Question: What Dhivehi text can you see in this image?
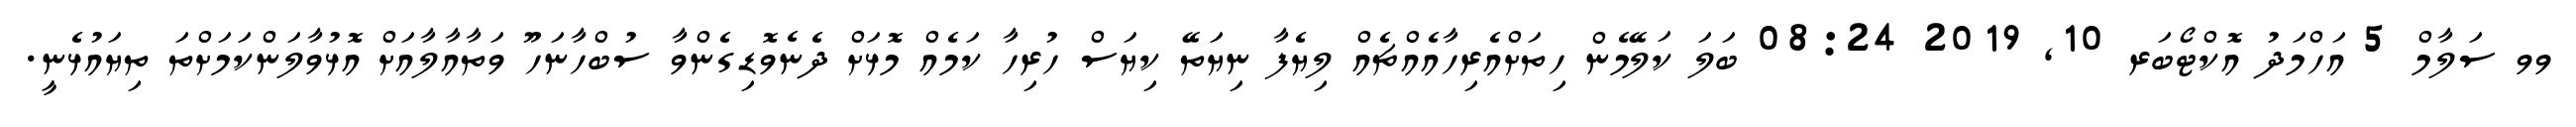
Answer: ވވ ސަލާމް 5 އަހްމަދު އޮކްޓޯބަރ 10, 2019 08:24 ބަލަ ކަލޭމެން ހިތަށްއެރިހާއެއްޗެއް ލިޔެފާ ނިޔަތޭ ކިޔަސް ހުރިހާ ކަމެއް މޮޅަށް ދެނެވޮޑިގެންވާ ސުބްހާނަހޫ ވަތާއާލާއަށް އޮޅުވާލަންކަމަށްތަ ތިޔައުޅެނީ.